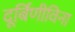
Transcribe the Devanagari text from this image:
दूर्बिणीविना